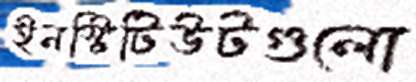
ইনস্টিটিউটগুলো